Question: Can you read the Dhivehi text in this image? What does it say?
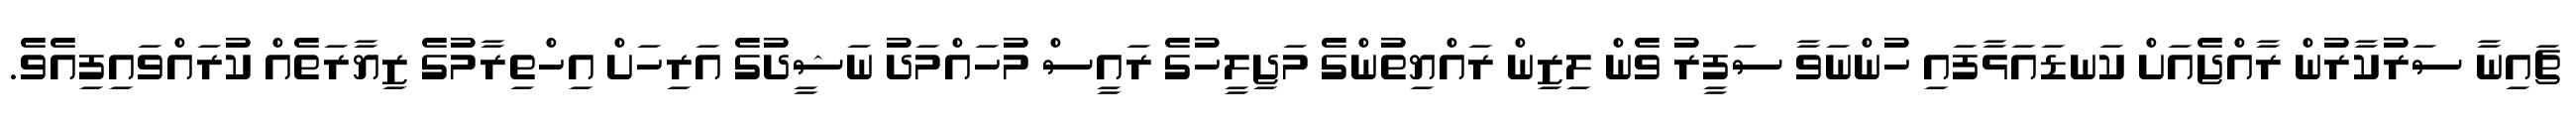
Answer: ޗައިނާ ސަރުކާރުން ރާއްޖެއަށް ކަނޑައަޅާފައި ހުންނަވާ ސަފީރު ވެން ލިޒިން ރައްޔިތުންގެ މަޖިލީހުގެ ރައީސް މުހައްމަދު ނަޝީދުގެ އަރިހަށް އިހްތިރާމުގެ ޒިޔާރަތެއް ކުރައްވައިފިއެވެ.